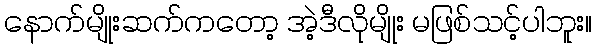
နောက်မျိုးဆက်ကတော့ အဲ့ဒီလိုမျိုး မဖြစ်သင့်ပါဘူး။